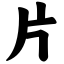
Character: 片